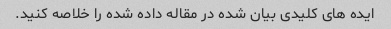
ایده های کلیدی بیان شده در مقاله داده شده را خلاصه کنید.